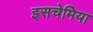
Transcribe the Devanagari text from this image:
इसचेमिया